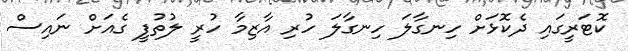
ކޮޓަރީގައި ދެކޮޅަށް ހިނގާލަ ހިނގާލަ ހުރި އާޒިމާ ހުރީ ލުތުފީ ގެއަށް ނައިސް